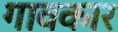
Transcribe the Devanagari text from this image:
गावकार